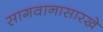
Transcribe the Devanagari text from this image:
सागवानासारखे